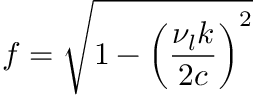
f = \sqrt { 1 - \left( \frac { \nu _ { l } k } { 2 c } \right) ^ { 2 } }